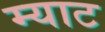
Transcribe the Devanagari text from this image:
म्याट